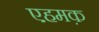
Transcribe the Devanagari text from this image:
एहमक़